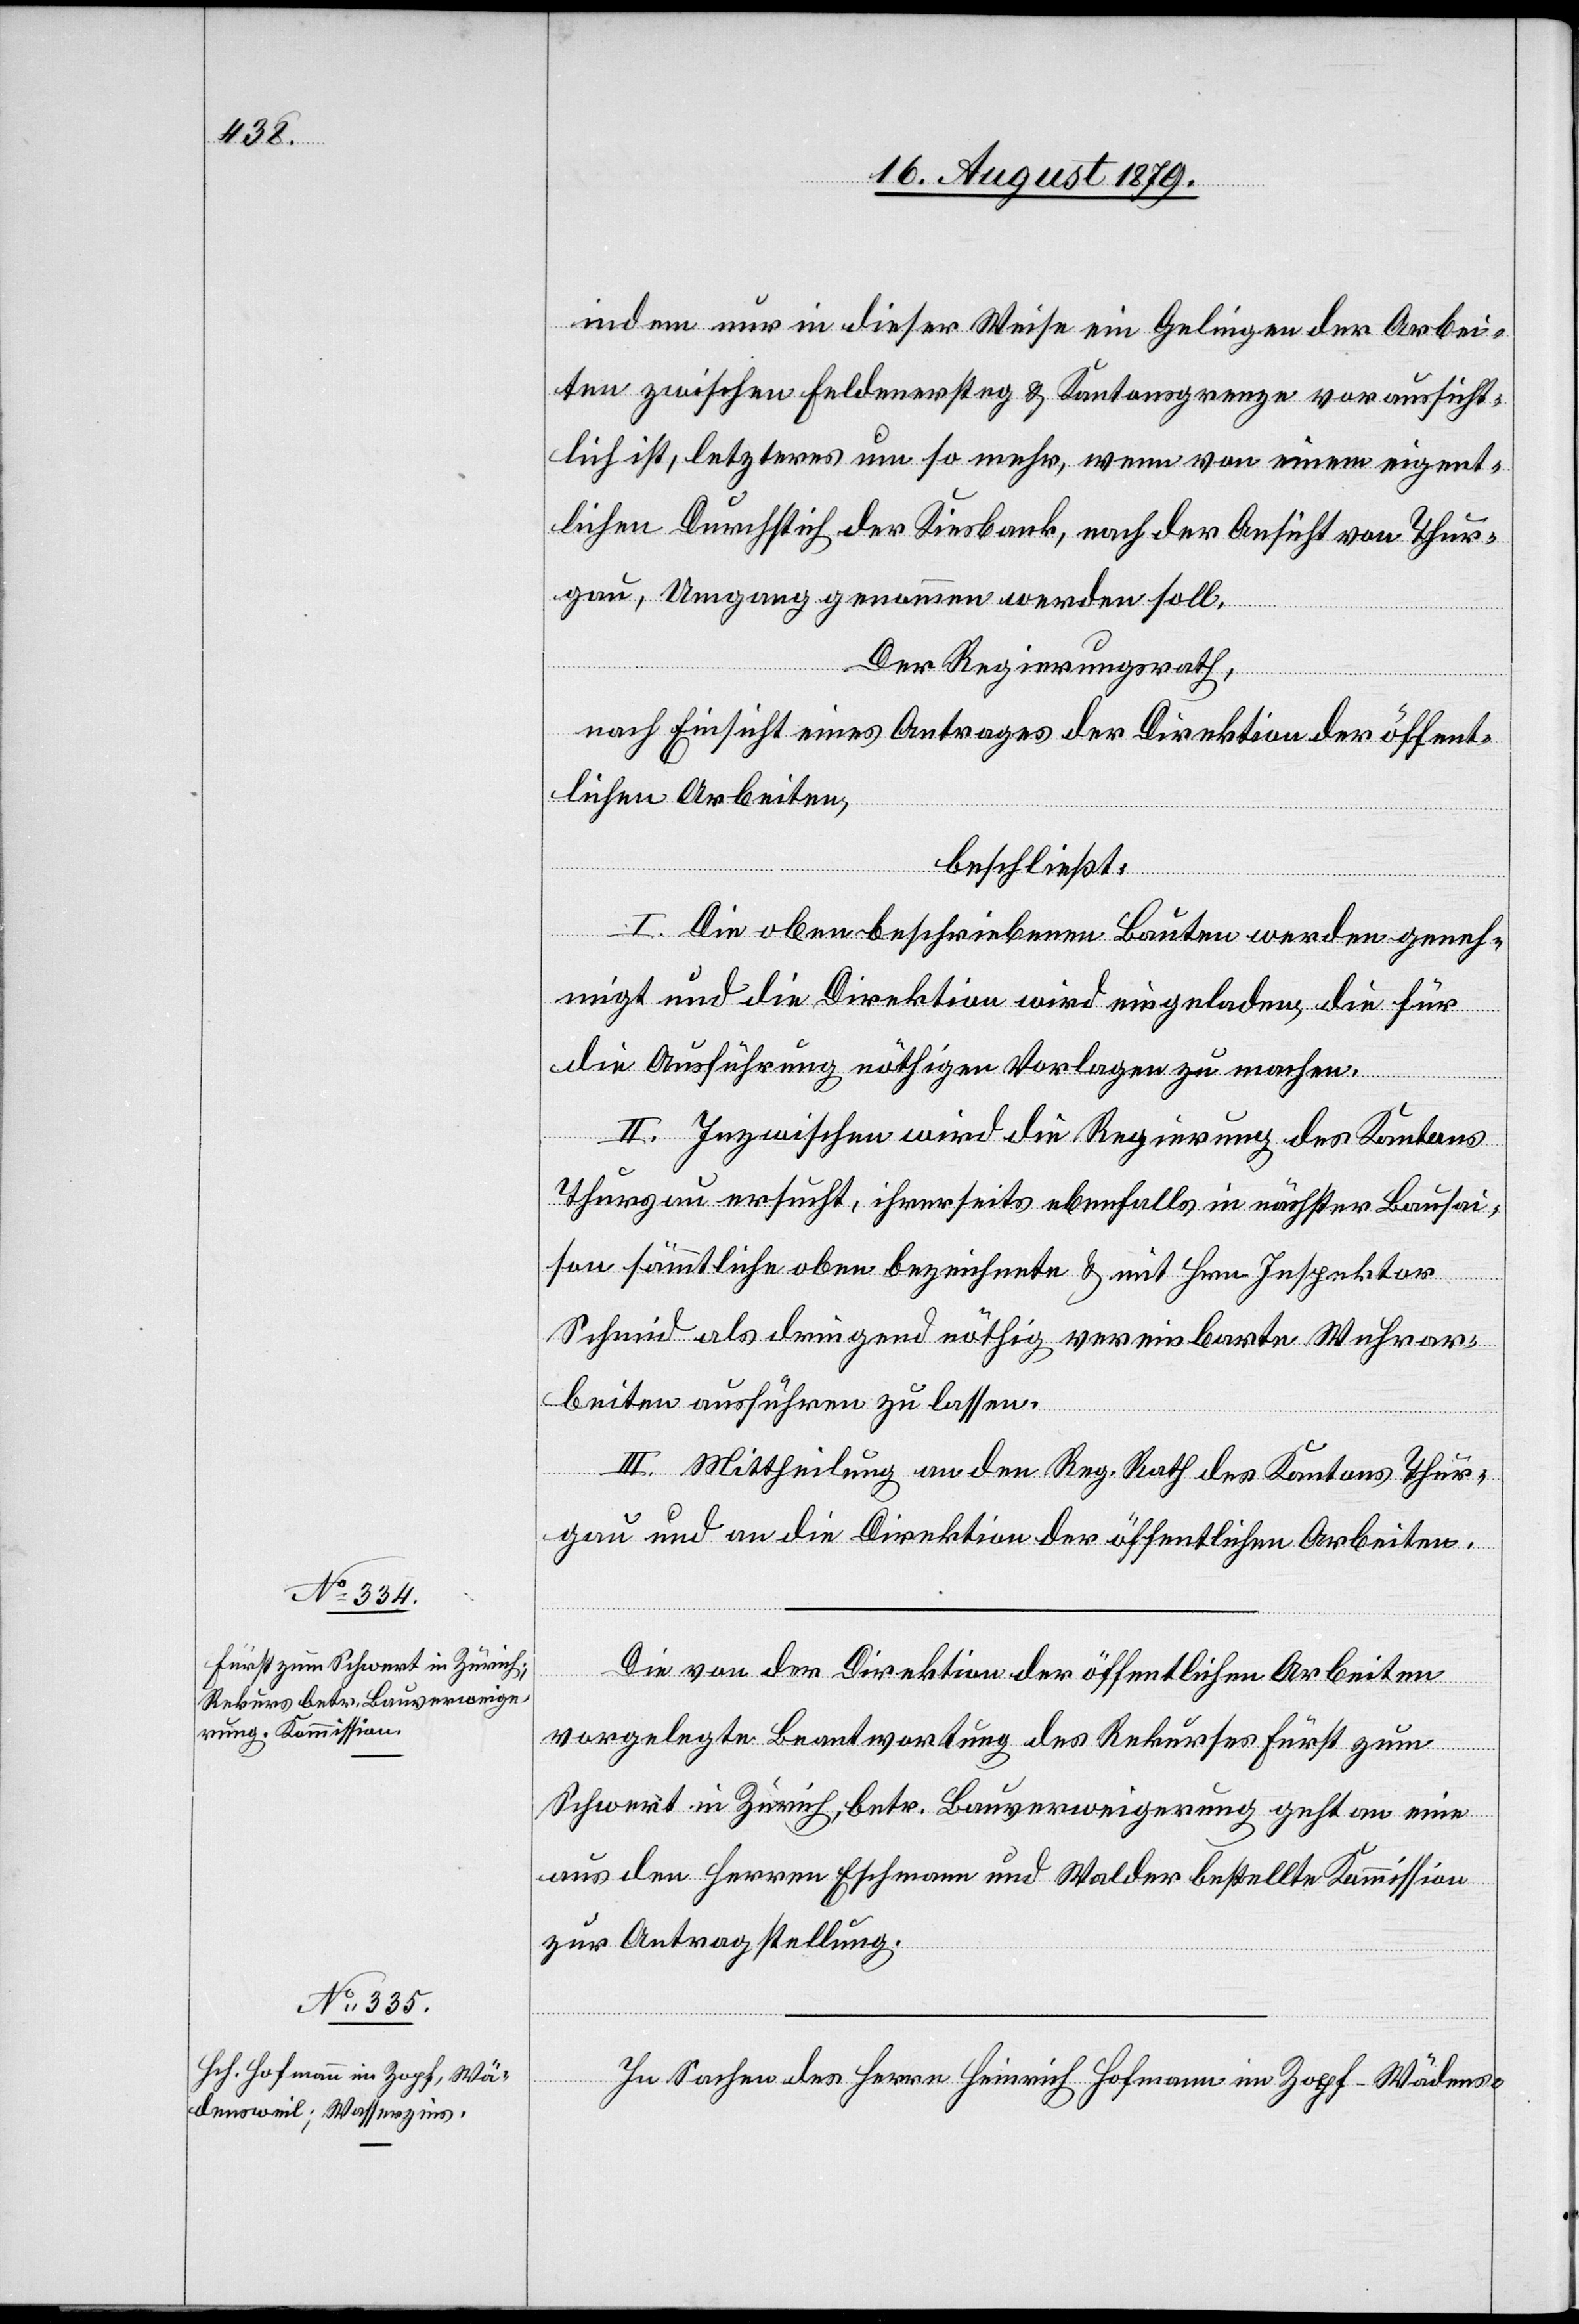
indem nur in dieser Weise ein Gelingen der Arbei¬
ten zwischen Feldnersteg & Kantonsgrenze voraussicht¬
lich ist, letzteres um so mehr, wenn von einem eigent¬
lichen Durchstich der Kiesbank, nach der Ansicht von Thur¬
gau, Umgang genommen werden soll.
Der Regierungsrath,
nach Einsicht eines Antrages der Direktion der öffent¬
lichen Arbeiten,
beschließt:
I. Die oben beschriebenen Bauten werden geneh¬
migt und die Direktion wird eingeladen, die für
die Ausführung nöthigen Vorlagen zu machen.
II. Inzwischen wird die Regierung des Kantons
Thurgau ersucht, ihrerseits ebenfalls in nächster Bausai¬
son sämmtliche oben bezeichneten & mit Hrn. Inspektor
Schmid als dringend nöthig vereinbarte Wuhrar¬
beiten ausführen zu lassen.
III. Mittheilung an den Reg. Rath des Kantons Thur¬
gau und an die Direktion der öffentlichen Arbeiten.
Die von der Direktion der öffentlichen Arbeiten
vorgelegte Beantwortung des Rekurses Fürst zum
Schwert in Zürich, betr. Bauverweigerung geht an eine
aus den Herren Eschmann und Walder bestellte Kommission
zur Antragstellung.
In Sachen des Herrn Heinrich Hofmann im Zopf - Wädens-